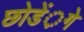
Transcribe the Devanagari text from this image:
छोडें़गे